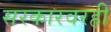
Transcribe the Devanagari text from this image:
सरकारवरही